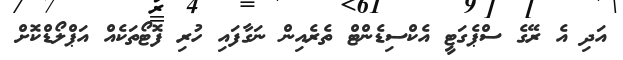
އަދި އެ ރޭގެ ސްޕެގަޓީ އެކްސިޑެންޓް ތެރެއިން ނަގާފައި ހުރި ފޮޓޯތަކެއް އަޕްލޯޑްކޮށް